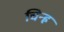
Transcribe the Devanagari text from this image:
चिन्ह्र